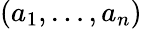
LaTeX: (a_{1},\ldots,a_{n})